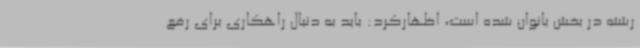
رشته در بخش بانوان شده است، اظهارکرد: باید به دنبال راهکاری برای رفع